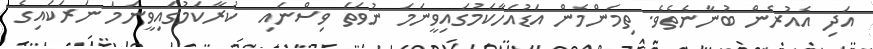
އަދި އެއުރެން ބުނާނެތެވެ. ތިމަންމެން އަޑުއަހާކަމުގައިވީނަމަ ނުވަތަ ވިސްނައި  ކުރާކަމުގައިވީނަމަ ނަރަކައިގެ